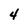
Character: 4